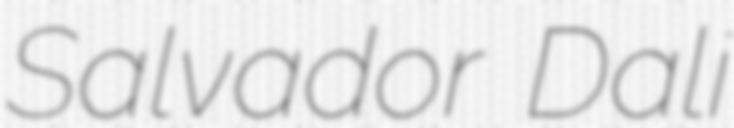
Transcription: Salvador Dalí